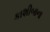
કાશીબાના